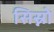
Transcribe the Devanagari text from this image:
सिस्नो